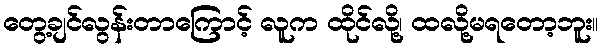
တွေ့ချင်လွန်းတာကြောင့် လူက ထိုင်လို့၊ ထလို့မရတော့ဘူး။